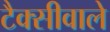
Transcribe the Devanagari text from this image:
टैक्सीवाले